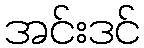
အင်းဒင်